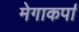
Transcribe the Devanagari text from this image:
मेगाकर्पा